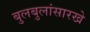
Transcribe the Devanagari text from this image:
बुलबुलांसारखे